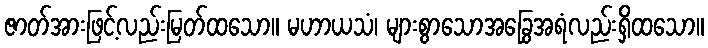
ဇာတ်အားဖြင့်လည်းမြတ်ထသော။ မဟာယသံ၊ များစွာသောအခြွေအရံလည်းရှိထသော။